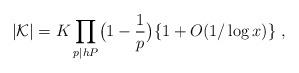
LaTeX: \begin{align*}|{\mathcal K}| =K\prod_{p|hP}\bigl(1-\frac{1}{p} \bigr) \{1+O(1/\log x)\} \ ,\end{align*}